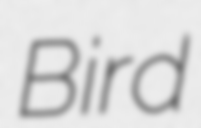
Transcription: Bird